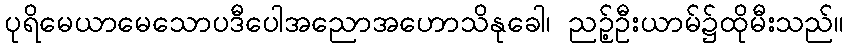
ပုရိမေယာမေသောပဒီပေါအညောအဟောသိနုခေါ၊ ညဉ့်ဦးယာမ်၌ထိုမီးသည်။